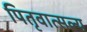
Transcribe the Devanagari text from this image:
पितृवात्सल्य